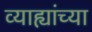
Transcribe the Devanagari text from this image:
व्याह्यांच्या